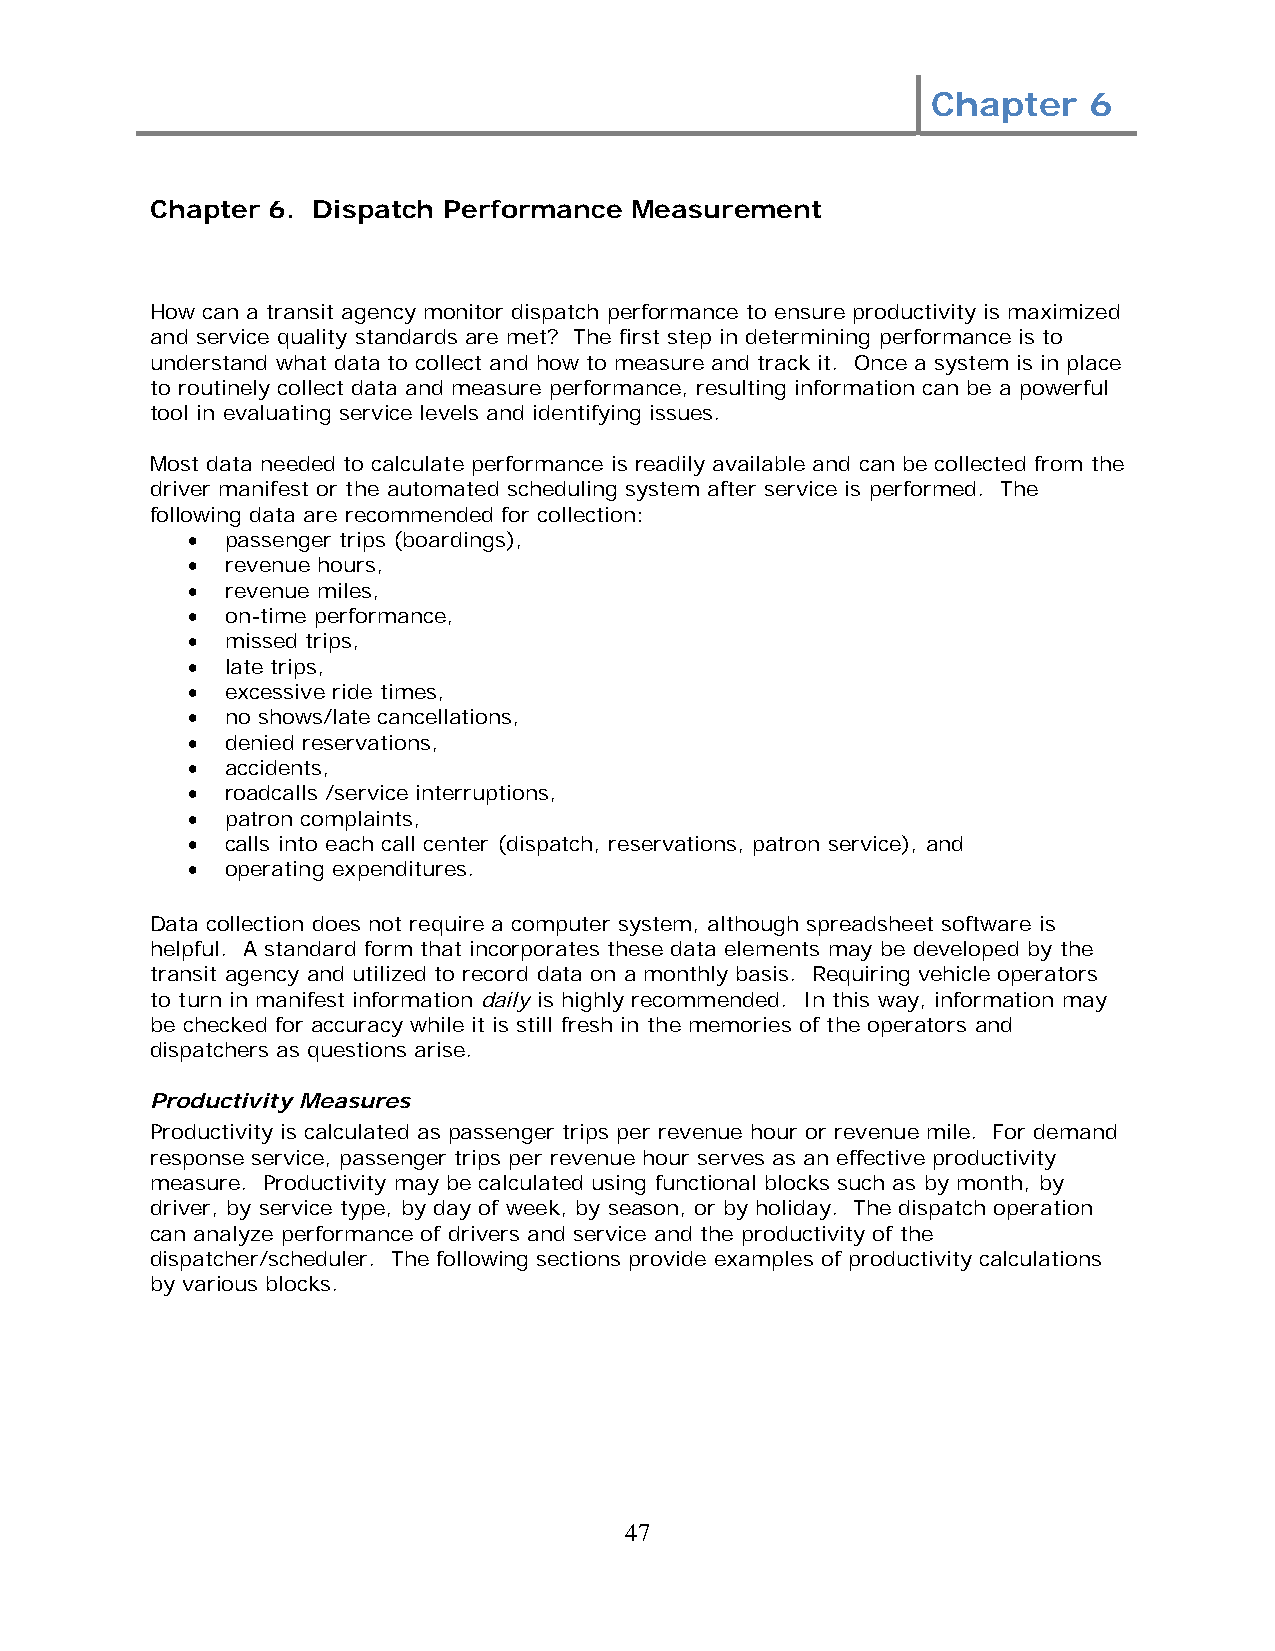
Chapter   6
 Chapter 6. Dispatch Performance Measurement
 How can a transit agency monitor dispatch performance to ensure productivity is maximized
 and service quality standards are met? The first step in determining performance is to
 understand what data to collect and how to measure and track it. Once a system is in place
 to routinely collect data and measure performance, resulting information can be a powerful
 tool in evaluating service levels and identifying issues.
 Most data needed to calculate performance is readily available and can be collected from the
 driver manifest or the automated scheduling system after service is performed. The
 following data are recommended for collection:
 •  passenger trips (boardings),
 •  revenue hours,
 •  revenue miles,
 •  on-time performance,
 •  missed trips,
 •  late trips,
 •  excessive ride times,
 •  no shows/late cancellations,
 •  denied reservations,
 •  accidents,
 •  roadcalls /service interruptions,
 •  patron complaints,
 •  calls into each call center (dispatch, reservations, patron service), and
 •  operating expenditures.
 Data collection does not require a computer system, although spreadsheet software is
 helpful. A standard form that incorporates these data elements may be developed by the
 transit agency and utilized to record data on a monthly basis. Requiring vehicle operators
 to turn in manifest information daily is highly recommended. In this way, information may
 be checked for accuracy while it is still fresh in the memories of the operators and
 dispatchers as questions arise.
 Productivity Measures
 Productivity is calculated as passenger trips per revenue hour or revenue mile. For demand
 response service, passenger trips per revenue hour serves as an effective productivity
 measure. Productivity may be calculated using functional blocks such as by month, by
 driver, by service type, by day of week, by season, or by holiday. The dispatch operation
 can analyze performance of drivers and service and the productivity of the
 dispatcher/scheduler. The following sections provide examples of productivity calculations
 by various blocks.
 47